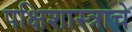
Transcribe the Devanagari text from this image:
पक्षिशास्त्राचे